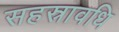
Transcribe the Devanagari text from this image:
सहस्रावधि